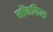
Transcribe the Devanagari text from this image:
मॉनफिस